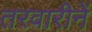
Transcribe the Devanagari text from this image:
तरवारीनें